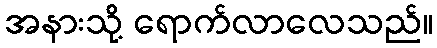
အနားသို့ ရောက်လာလေသည်။